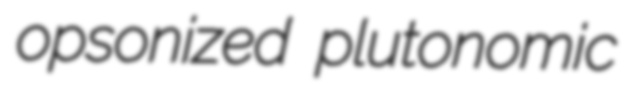
opsonized plutonomic